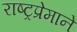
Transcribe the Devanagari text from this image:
राष्ट्रप्रेमाने